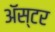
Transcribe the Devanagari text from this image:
ॲस्टर